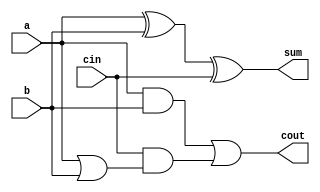
module full_adder8(a,b,cin,sum,cout);
input a,b,cin;
output sum,cout;
assign sum = a^b^cin;
assign cout = a&b|cin&(a|b); 
// initial begin
//     $display("The correct adder");
// end   
endmodule